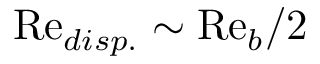
\mathrm { R e } _ { d i s p . } \sim \mathrm { R e } _ { b } / 2